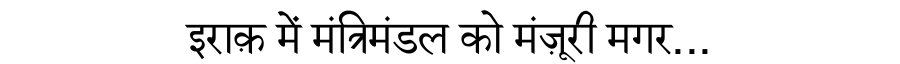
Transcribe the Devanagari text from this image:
इराक़ में मंत्रिमंडल को मंज़ूरी मगर...